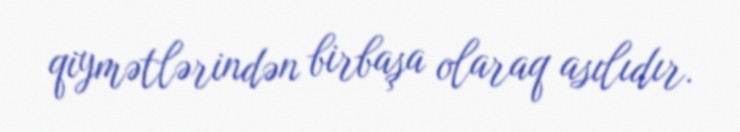
qiymətlərindən birbaşa olaraq asılıdır.